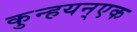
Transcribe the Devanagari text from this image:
कुन्हयन्एक